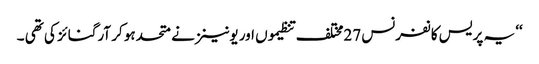
‘‘ یہ پریس کانفرنس 27مختلف تنظیموں اور یونینز نے متحدہو کر آرگنائز کی تھی ۔